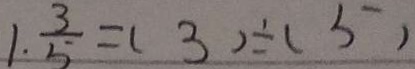
1 . \frac { 3 } { 5 } = ( 3 ) \div ( 5 )